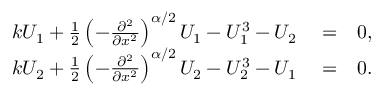
\begin{array} { r l r } { k U _ { 1 } + \frac { 1 } { 2 } \left( - \frac { \partial ^ { 2 } } { \partial x ^ { 2 } } \right) ^ { \alpha / 2 } U _ { 1 } - U _ { 1 } ^ { 3 } - U _ { 2 } } & { { } = } & { 0 , } \\ { k U _ { 2 } + \frac { 1 } { 2 } \left( - \frac { \partial ^ { 2 } } { \partial x ^ { 2 } } \right) ^ { \alpha / 2 } U _ { 2 } - U _ { 2 } ^ { 3 } - U _ { 1 } } & { { } = } & { 0 . } \end{array}